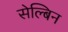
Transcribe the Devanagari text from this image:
सेल्बिन